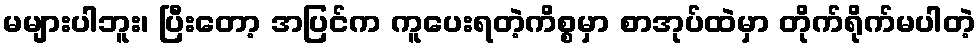
မများပါဘူး၊ ပြီးတော့ အပြင်က ကူပေးရတဲ့ကိစ္စမှာ စာအုပ်ထဲမှာ တိုက်ရိုက်မပါတဲ့